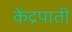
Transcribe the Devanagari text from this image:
केंद्रपाती